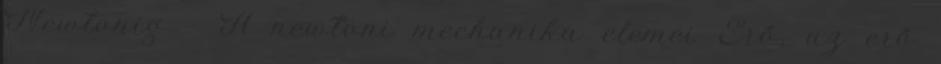
Newtonig - A newtoni mechanika elemei Erő, az erő